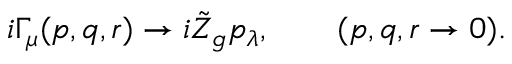
i \Gamma _ { \mu } ( p , q , r ) \to i \tilde { Z } _ { g } p _ { \lambda } , \qquad ( p , q , r \to 0 ) .